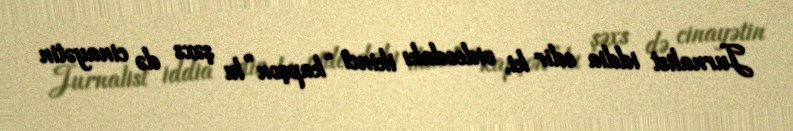
Jurnalist iddia edir ki, videodakı ikinci “kapşon”lu şəxs də cinayətin